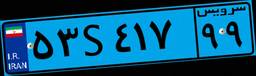
۵۳S۴۱۷۹۹